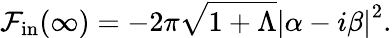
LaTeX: {\cal F}_{\mathrm{in}}(\infty)=-2\pi\sqrt{1+\Lambda}\left\vert\alpha-i\beta\right\vert^{2}.